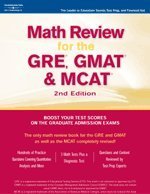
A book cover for Math Review: GRE, GMAT, MCAT 2nd ed (Peterson's GRE/GMAT Math Review); Peterson's; Test Preparation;